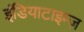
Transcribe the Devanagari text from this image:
इंडियाटाइम्‍ज़